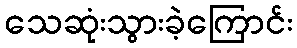
သေဆုံးသွားခဲ့ကြောင်း